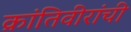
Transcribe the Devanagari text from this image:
क्रांतिवीरांची